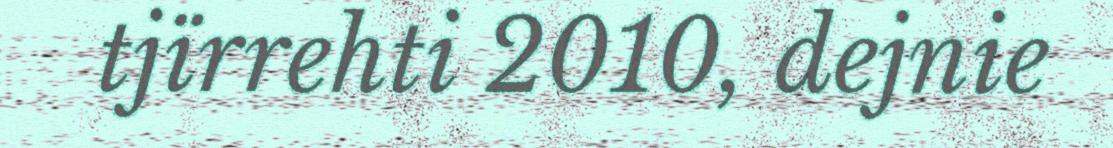
tjïrrehti 2010, dejnie